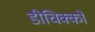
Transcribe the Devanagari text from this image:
डीचिक्को